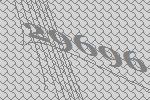
29696